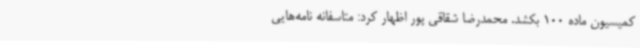
کمیسیون ماده 100 بکشد. محمدرضا شقاقی پور اظهار کرد: متاسفانه نامه‌هایی